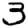
Digit: 3